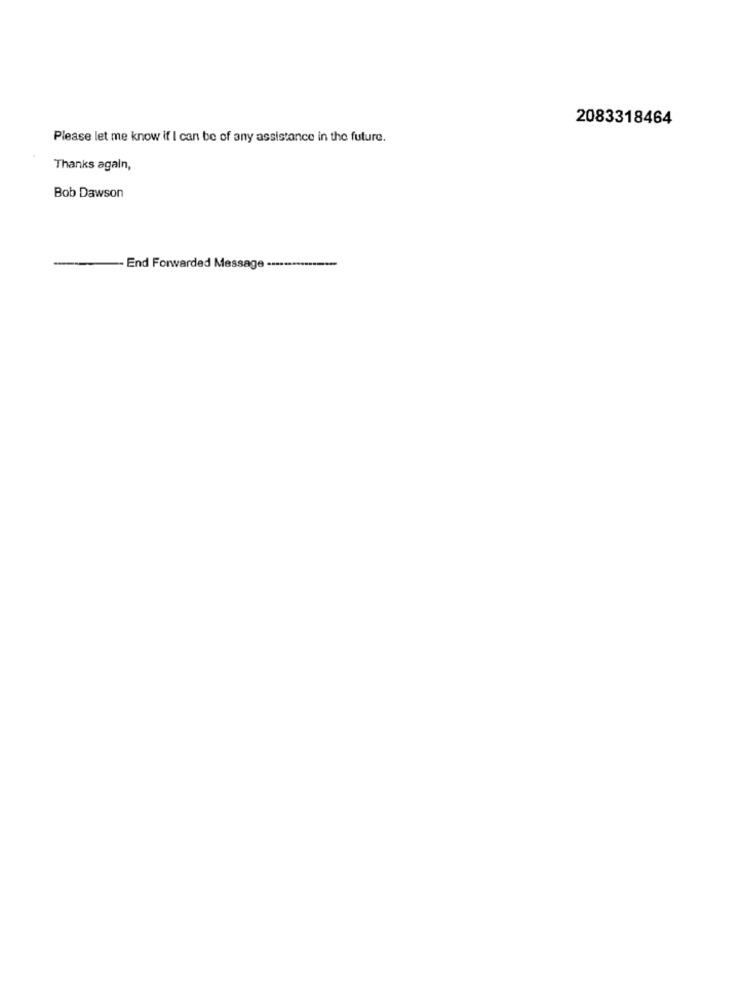
2083318464
Please let me know if I can be of any assistance in the future.
Thanks again,
Bob Dawson
End Forwarded Message -